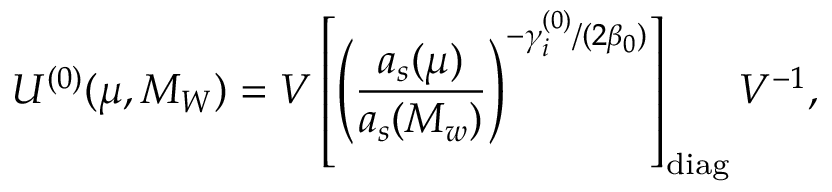
U ^ { ( 0 ) } ( \mu , M _ { W } ) = V \left[ \left( \frac { a _ { s } ( \mu ) } { a _ { s } ( M _ { w } ) } \right) ^ { - \gamma _ { i } ^ { ( 0 ) } / ( 2 \beta _ { 0 } ) } \right] _ { \mathrm { d i a g } } V ^ { - 1 } ,